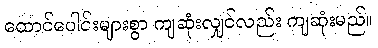
ထောင်ပေါင်းများစွာ ကျဆုံးလျှင်လည်း ကျဆုံးမည်။